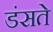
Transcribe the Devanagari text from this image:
डंसते